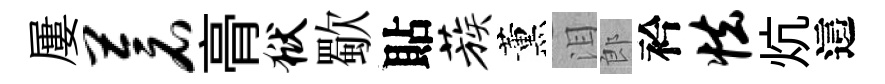
屢苍𮌔狱歜貼蔟薰泪郎衿怯炕這